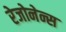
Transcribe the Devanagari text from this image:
रेजोनेन्स